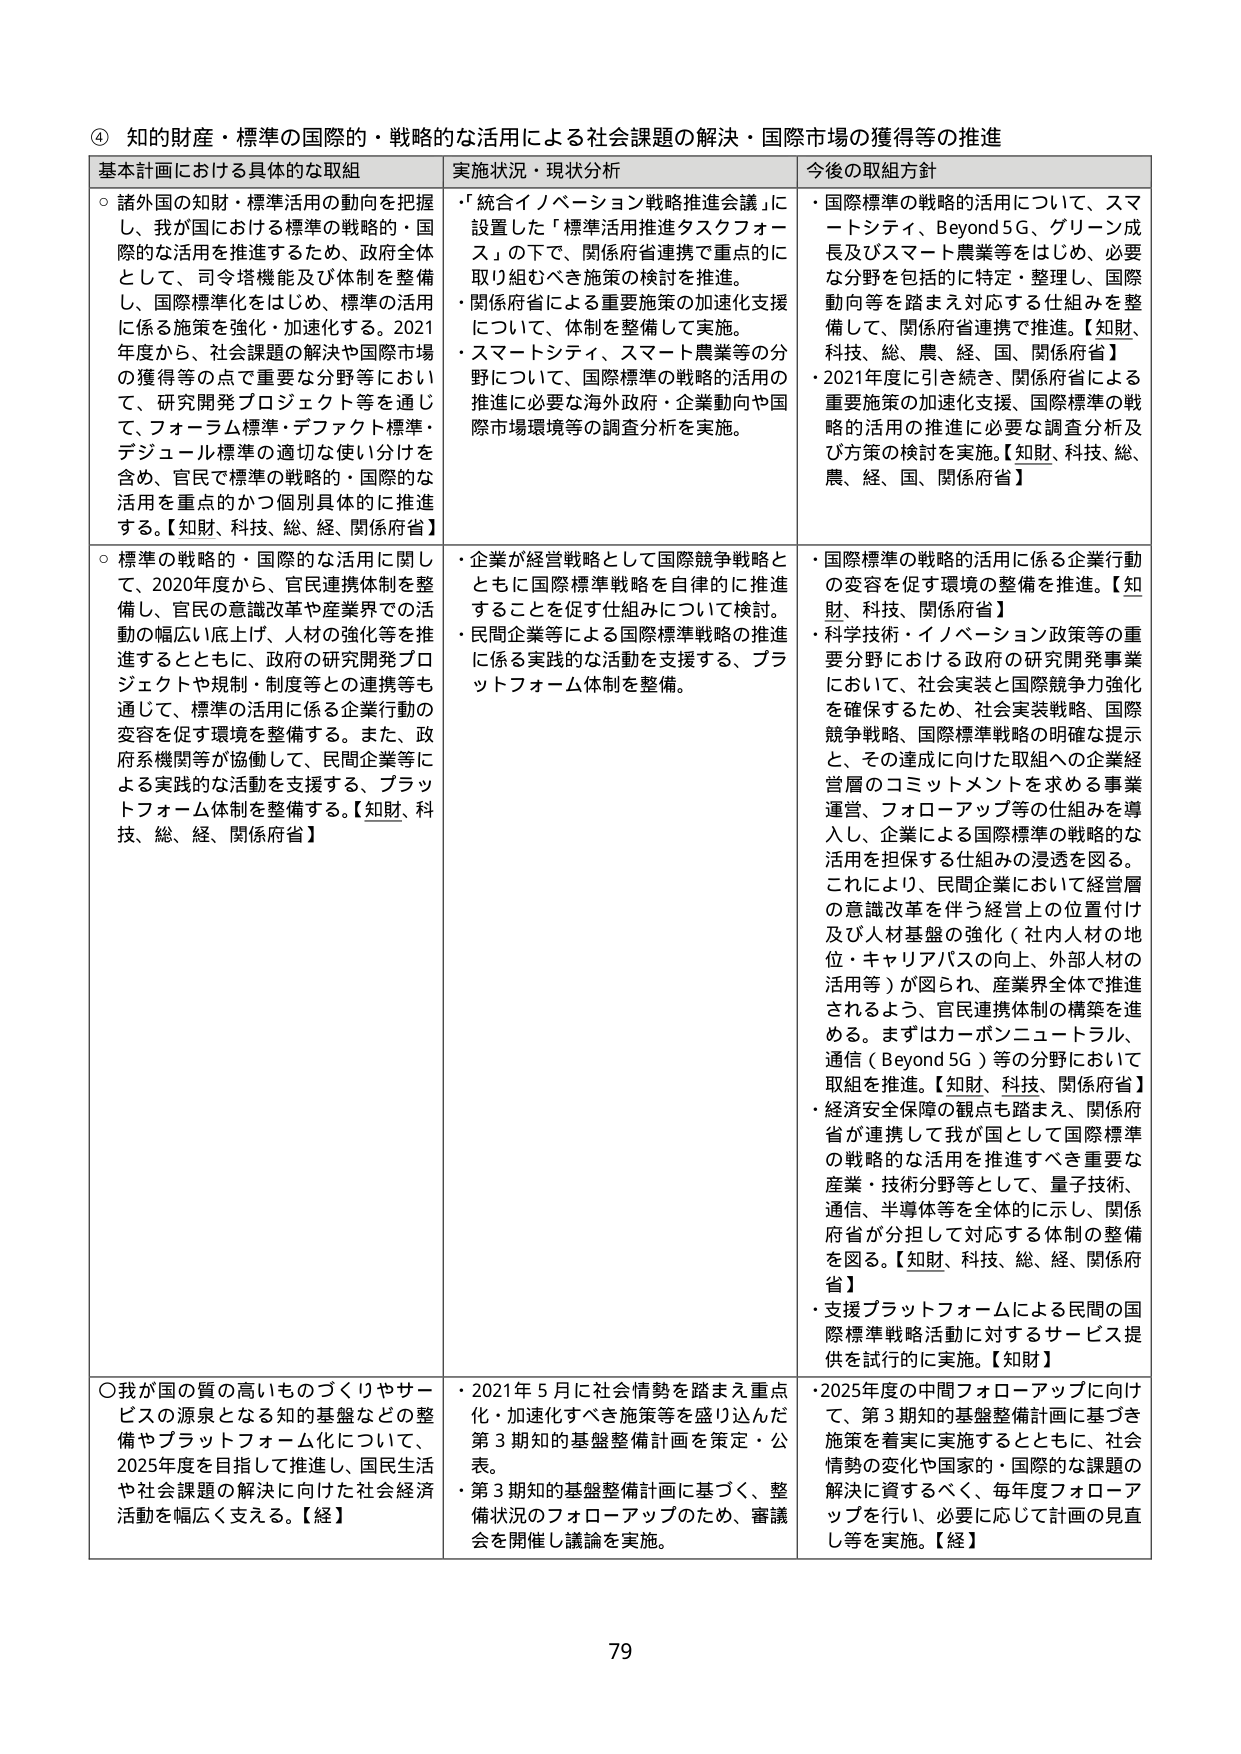
④ 知的財産・標準の国際的・戦略的な活用による社会課題の解決・国際市場の獲得等の推進

基本計画における具体的な取組 実施状況・現状分析 今後の取組方針

○諸外国の知財・標準活用の動向を把握し、我が国における標準の戦略的・国際的な活用を推進するため、政府全体として、司令塔機能及び体制を整備し、国際標準化をはじめ、標準の活用に係る施策を強化・加速化する。2021年度から、社会課題の解決や国際市場の獲得等の点で重要な分野等において、研究開発プロジェクト等を通じて、フォーラム標準・デファクト標準・デジュール標準の適切な使い分けを含め、官民で標準の戦略的・国際的な活用を重点的かつ個別具体的に推進する。【知財、科技、総、経、関係府省】

・「統合イノベーション戦略推進会議」に設置した「標準活用推進タスクフォース」の下で、関係府省連携で重点的に取り組むべき施策の検討を推進。
・関係府省による重要施策の加速化支援について、体制を整備して実施。
・スマートシティ、スマート農業等の分野について、国際標準の戦略的活用の推進に必要な海外政府・企業動向や国際市場環境等の調査分析を実施。

・国際標準の戦略的活用について、スマートシティ、Beyond 5G、グリーン成長及びスマート農業等をはじめ、必要な分野を包括的に特定・整理し、国際動向等を踏まえ対応する仕組みを整備して、関係府省連携で推進。【知財、科技、総、農、経、国、関係府省】
・2021年度に引き続き、関係府省による重要施策の加速化支援、国際標準の戦略的活用の推進に必要な調査分析及び方策の検討を実施。【知財、科技、総、農、経、国、関係府省】

○標準の戦略的・国際的な活用に関して、2020年度から、官民連携体制を整備し、官民の意識改革や産業界での活動の幅広い底上げ、人材の強化等を推進するとともに、政府の研究開発プロジェクトや規制・制度等との連携等も通じて、標準の活用に係る企業行動の変容を促す環境を整備する。また、政府系機関等が協働して、民間企業等による実践的な活動を支援する、プラットフォーム体制を整備する。【知財、科技、総、経、関係府省】

・企業が経営戦略として国際競争戦略とともに国際標準戦略を自律的に推進することを促す仕組みについて検討。
・民間企業等による国際標準戦略の推進に係る実践的な活動を支援する、プラットフォーム体制を整備。

・国際標準の戦略的活用に係る企業行動の変容を促す環境の整備を推進。【知財、科技、関係府省】
・科学技術・イノベーション政策等の重要分野における政府の研究開発事業において、社会実装と国際競争力強化を確保するため、社会実装戦略、国際競争戦略、国際標準戦略の明確な提示と、その達成に向けた取組への企業経営層のコミットメントを求める事業運営、フォローアップ等の仕組みを導入し、企業による国際標準の戦略的な活用を担保する仕組みの浸透を図る。これにより、民間企業において経営層の意識改革を伴う経営上の位置付け及び人材基盤の強化（社内人材の地位・キャリアパスの向上、外部人材の活用等）が図られ、産業界全体で推進されるよう、官民連携体制の構築を進める。まずはカーボンニュートラル、通信（Beyond 5G）等の分野において取組を推進。【知財、科技、関係府省】
・経済安全保障の観点も踏まえ、関係府省が連携して我が国として国際標準の戦略的な活用を推進すべき重要な産業・技術分野等として、量子技術、通信、半導体等を全体的に示し、関係府省が分担して対応する体制の整備を図る。【知財、科技、総、経、関係府省】
・支援プラットフォームによる民間の国際標準戦略活動に対するサービス提供を試行的に実施。【知財】

○我が国の質の高いものづくりやサービスの源泉となる知的基盤などの整備やプラットフォーム化について、2025年度を目指して推進し、国民生活や社会課題の解決に向けた社会経済活動を幅広く支える。【経】

・2021年5月に社会情勢を踏まえ重点化・加速化すべき施策等を盛り込んだ第3期知的基盤整備計画を策定・公表。
・第3期知的基盤整備計画に基づく、整備状況のフォローアップのため、審議会を開催し議論を実施。

・2025年度の中間フォローアップに向け、第3期知的基盤整備計画に基づき施策を着実に実施するとともに、社会情勢の変化や国家的・国際的な課題の解決に資するべく、毎年度フォローアップを行い、必要に応じて計画の見直し等を実施。【経】

79